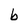
Character: b